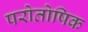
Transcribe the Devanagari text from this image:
परोतोषिक